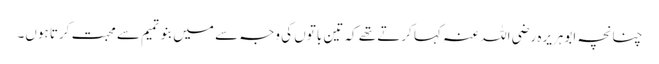
چنانچہ ابوہریرہ رضی اللہ عنہ کہا کرتے تھے کہ تین باتوں کی وجہ سے میں بنوتمیم سے محبت کرتا ہوں۔